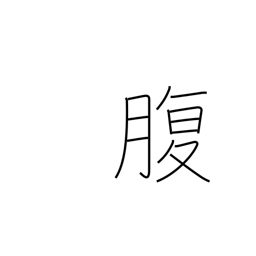
Meaning: belly